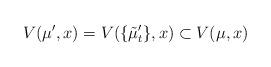
LaTeX: \begin{align*}V(\mu',x) = V(\{\tilde\mu'_t\},x) \subset V(\mu,x)\quad\end{align*}